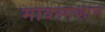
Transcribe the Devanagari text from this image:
मावस्गव्हाण